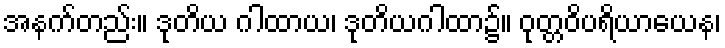
အနက်တည်း။ ဒုတိယ ဂါထာယ၊ ဒုတိယဂါထာ၌။ ဝုတ္တဝိပရိယာယေန၊